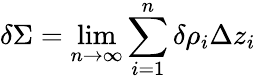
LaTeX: \delta\Sigma=\operatorname*{lim}_{n\to\infty}\sum_{i=1}^{n}\delta\rho_{i}\Delta z_{i}